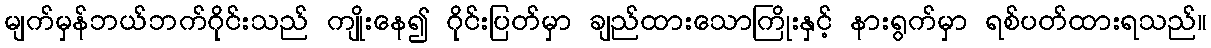
မျက်မှန်ဘယ်ဘက်ဂိုင်းသည် ကျိုးနေ၍ ဂိုင်းပြတ်မှာ ချည်ထားသောကြိုးနှင့် နားရွက်မှာ ရစ်ပတ်ထားရသည်။